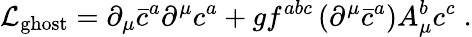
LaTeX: {\mathcal{L}}_{\mathrm{ghost}}=\partial_{\mu}{\bar{c}}^{a}\partial^{\mu}c^{a}+gf^{abc}\left(\partial^{\mu}{\bar{c}}^{a}\right)A_{\mu}^{b}c^{c}\; .